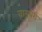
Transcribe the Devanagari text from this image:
वायबरी